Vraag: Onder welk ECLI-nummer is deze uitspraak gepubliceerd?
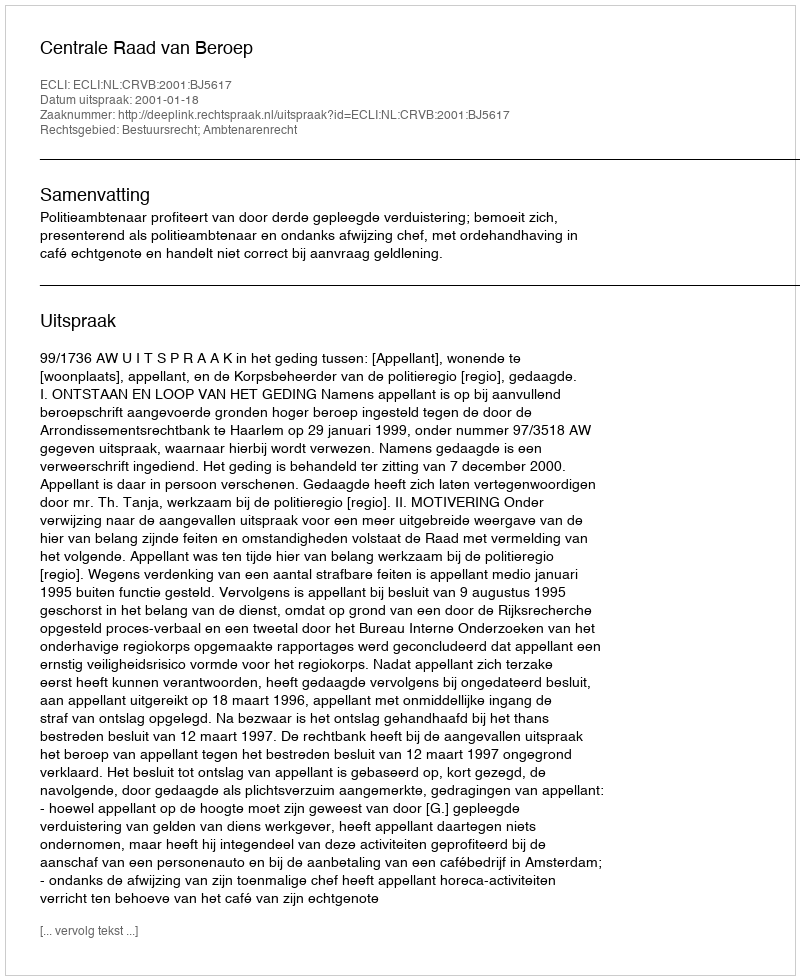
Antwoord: ECLI:NL:CRVB:2001:BJ5617